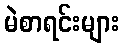
မဲစာရင်းများ